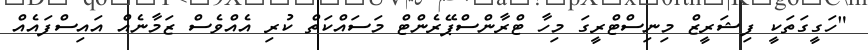
"ހަގީގަތަކީ ފިޝަރީޒް މިނިސްޓްރީގަ މިހާ ޓްރާންސްޕޭރެންޓް މަސައްކަތް ކުރި އެއްވެސް ޒަމާނެއް އައިސްފައެއް